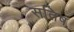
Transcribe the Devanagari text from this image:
सतिष